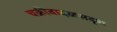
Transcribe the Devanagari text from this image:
चक्रीवादळसदृश